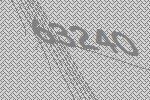
63240